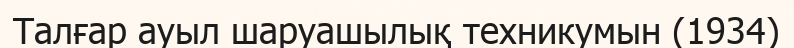
Талғар ауыл шаруашылық техникумын (1934)